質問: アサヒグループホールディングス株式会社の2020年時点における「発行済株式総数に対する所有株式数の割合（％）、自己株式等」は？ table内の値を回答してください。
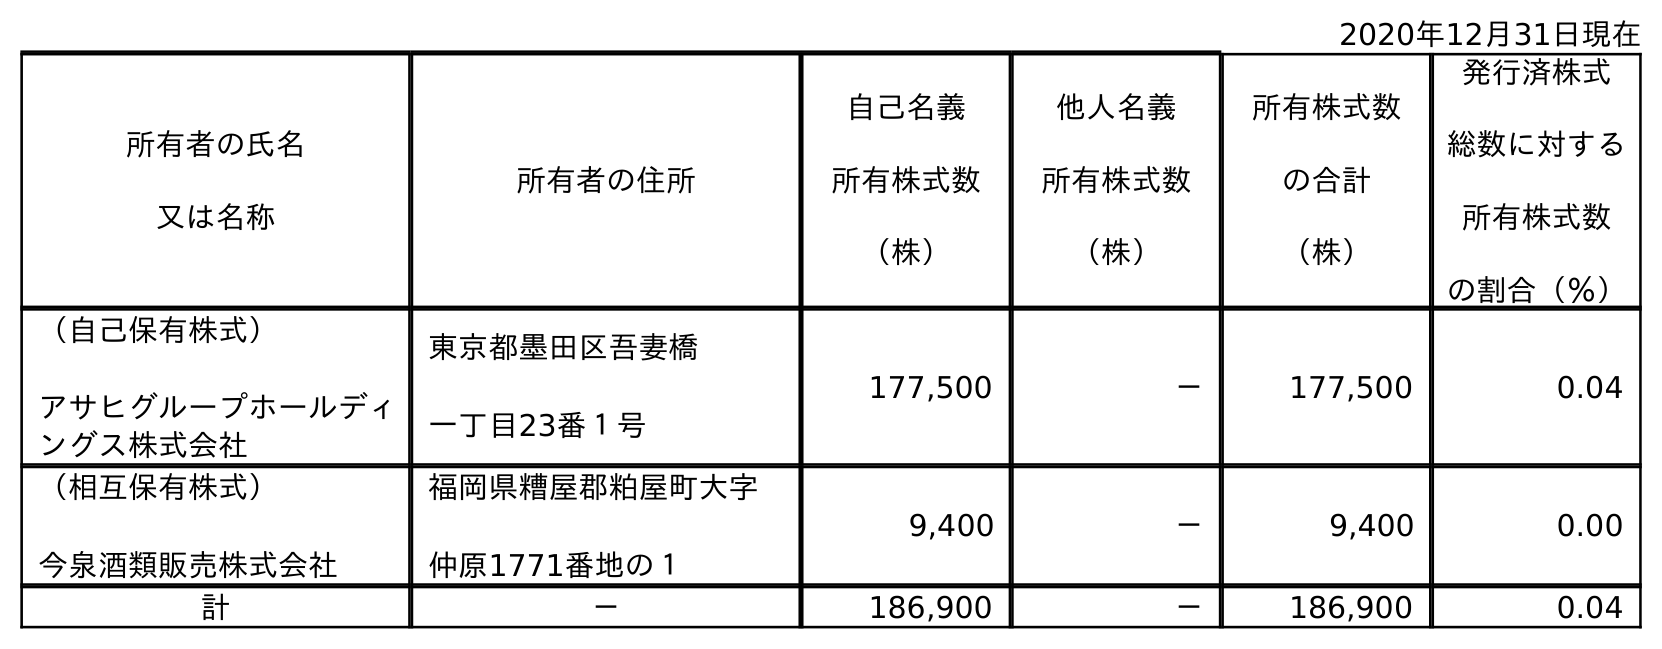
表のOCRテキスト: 2020年12月31日現在 所有者の氏名 又は名称 所有者の住所 自己名義 所有株式数 （株） 他人名義 所有株式数 （株） 所有株式数 の合計 （株） 発行済株式 総数に対する 所有株式数 の割合（％） （自己保有株式） アサヒグループホールディ ングス株式会社 東京都墨田区吾妻橋 一丁目23番１号 177,500 － 177,500 0.04 （相互保有株式） 今泉酒類販売株式会社 福岡県糟屋郡粕屋町大字 仲原1771番地の１ 9,400 － 9,400 0.00 計 － 186,900 － 186,900 0.04
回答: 0.04